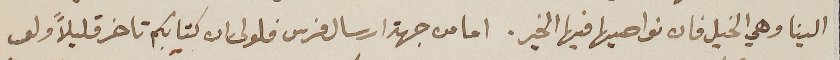
الينا وهي الخيل فان نواصيها فيها الخير. اما من جهة ارسال فرس فلولى ان كتابكم تاخر قليلاً ولى